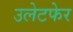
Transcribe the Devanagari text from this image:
उलेटफेर